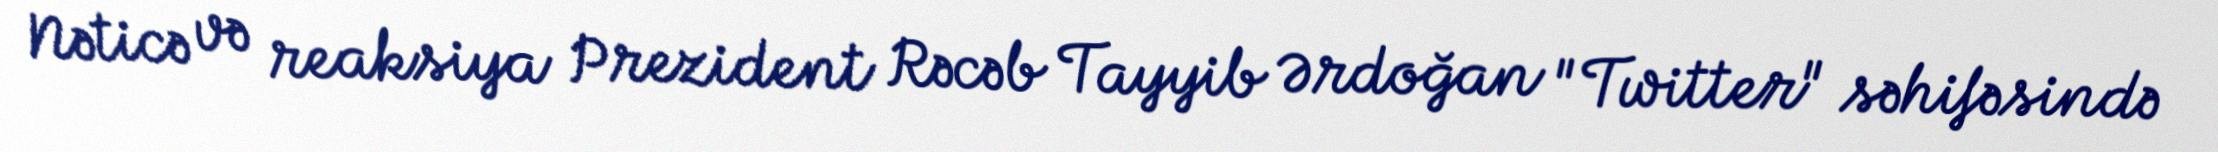
Nəticə və reaksiya Prezident Rəcəb Tayyib Ərdoğan "Twitter" səhifəsində